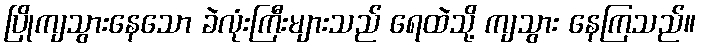
ပြိုကျသွားနေသော ခဲလုံးကြီးများသည် ရေထဲသို့ ကျသွား နေကြသည်။